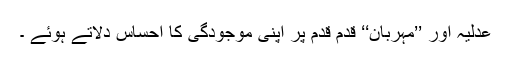
عدلیہ اور ’’مہربان‘‘ قدم قدم پر اپنی موجودگی کا احساس دلاتے ہوئے ۔